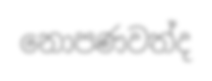
නොපණවත්ද